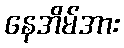
နေအိမ်အား